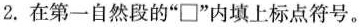
2. 在第一自然段的“\Box”内填上标点符号。